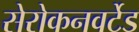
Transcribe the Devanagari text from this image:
सेरोकनवर्टेड